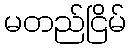
မတည်ငြိမ်